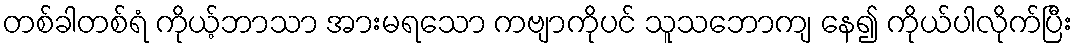
တစ်ခါတစ်ရံ ကိုယ့်ဘာသာ အားမရသော ကဗျာကိုပင် သူသဘောကျ နေ၍ ကိုယ်ပါလိုက်ပြီး